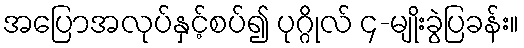
အပြောအလုပ်နှင့်စပ်၍ ပုဂ္ဂိုလ် ၄-မျိုးခွဲပြခန်း။